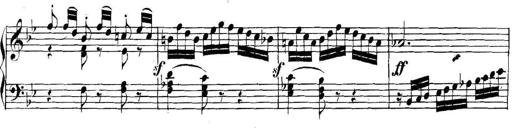
Title: Collected Piano Sonatas
Composer: Muzio Clementi